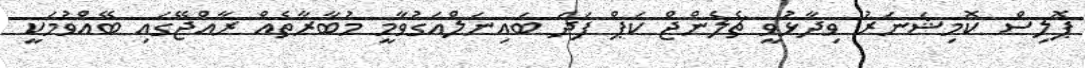
ޕޮލިސް ކޮމިޝަނަރު ވިދާޅުވީ ޗެލެންޖް ކަޕް ފަދަ ބައިނަލްއަގުވާމީ މުބާރާތެއް ރާއްޖޭގައި ބޭއްވުމަކީ